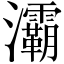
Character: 灞